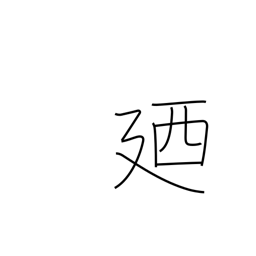
Meaning: in other words